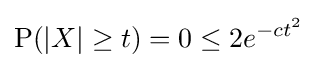
\mathrm {P} (|X|\geq t)=0\leq 2e^{-ct^{2}}